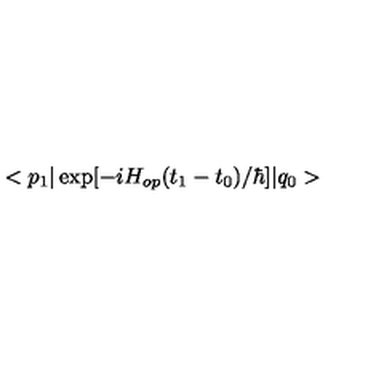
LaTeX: < p _ { 1 } \vert \exp [ - i H _ { o p } ( t _ { 1 } - t _ { 0 } ) / \hbar ] \vert q _ { 0 } >